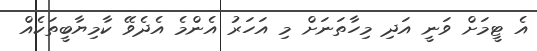
އެ ޓީމަށް ވަނީ އަދި މިހާތަނަށް މި އަހަރު އެންމެ އެދެވޭ ކާމިޔާބީތަކެއް